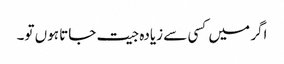
اگر میں کسی سے زیادہ جیت جاتا ہوں تو۔